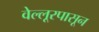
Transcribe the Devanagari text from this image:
वेल्लूरपासून